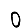
Digit: 0